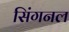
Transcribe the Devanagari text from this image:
सिंगनल